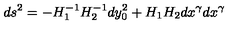
d s ^ { 2 } = - H _ { 1 } ^ { - 1 } H _ { 2 } ^ { - 1 } d y _ { 0 } ^ { 2 } + H _ { 1 } H _ { 2 } d x ^ { \gamma } d x ^ { \gamma }